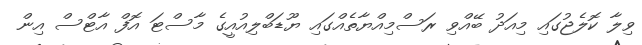
ވިލާ ކޮލެޖުގައި މިއަދު ބޭއްވި ރަސްމިއްޔާތެއްގައި ޔޫޑަބްލިއުއީގެ މާސްޓަ އޮފް އާޓްސް އިން